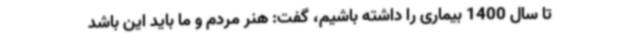
تا سال 1400 بیماری را داشته باشیم، گفت: هنر مردم و ما باید این باشد